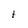
Character: t